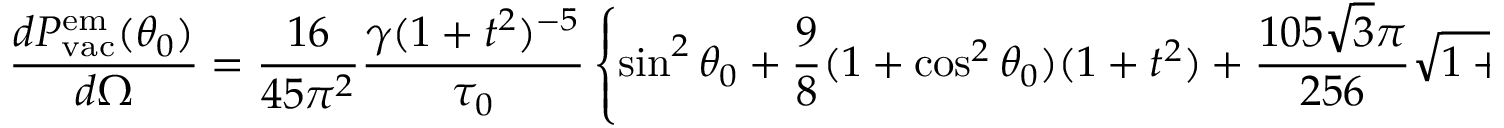
\frac { d { \cal P } _ { \mathrm { v a c } } ^ { \mathrm { e m } } ( \theta _ { 0 } ) } { d \Omega } = \frac { 1 6 } { 4 5 \pi ^ { 2 } } \frac { \gamma ( 1 + t ^ { 2 } ) ^ { - 5 } } { \tau _ { 0 } } \left\{ \sin ^ { 2 } \theta _ { 0 } + \frac { 9 } { 8 } ( 1 + \cos ^ { 2 } \theta _ { 0 } ) ( 1 + t ^ { 2 } ) + \frac { 1 0 5 \sqrt 3 \pi } { 2 5 6 } \sqrt { 1 + t ^ { 2 } } \cos \theta _ { 0 } \right\} .